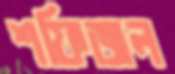
শফিজল